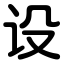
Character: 设